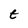
Character: t